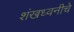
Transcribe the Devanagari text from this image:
शंखध्वनीचे